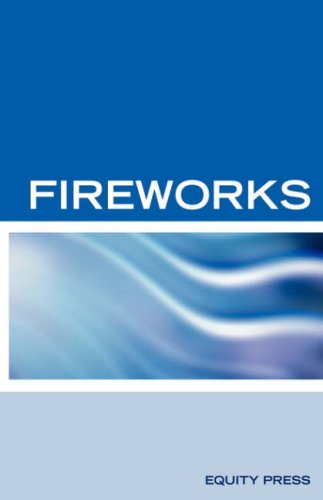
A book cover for Adobe Fireworks Web Design Interview Questions: Web Design Certification; Terry Sanchez-Clark; Computers & Technology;